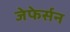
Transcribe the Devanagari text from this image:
जेफेर्सन